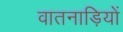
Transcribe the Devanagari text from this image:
वातनाड़ियों